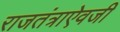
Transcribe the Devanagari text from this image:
राजतंत्राऐवजी